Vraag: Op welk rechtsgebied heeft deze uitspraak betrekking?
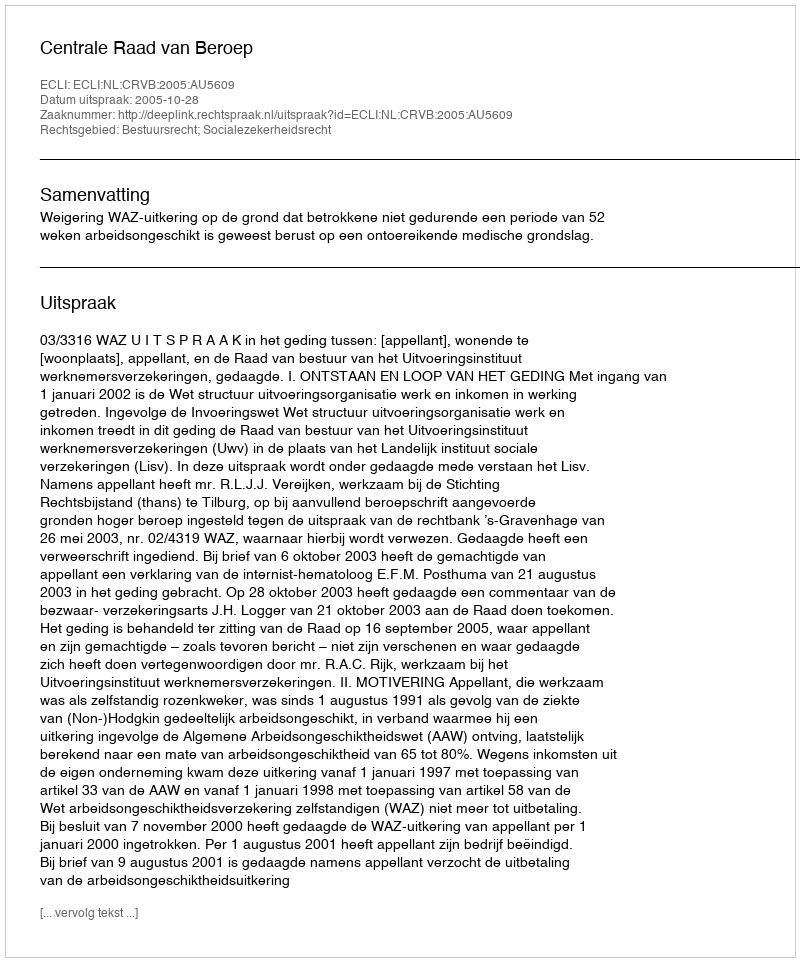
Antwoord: Bestuursrecht; Socialezekerheidsrecht